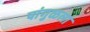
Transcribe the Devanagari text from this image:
पांगुळलां